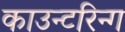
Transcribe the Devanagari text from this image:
काउन्टरिन्ग